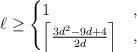
LaTeX: \begin{align*}\ell\geq \begin{cases}1 & , \\ \left\lceil\frac{3d^2 - 9 d + 4}{2d}\right\rceil& , \end{cases}\end{align*}